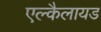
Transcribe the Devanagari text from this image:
एल्कैलायड